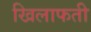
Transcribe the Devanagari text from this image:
खिलाफती